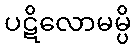
ပဋိလောမမ္ပိ